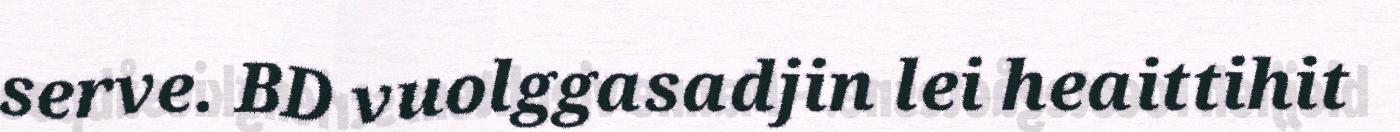
serve. BD vuolggasadjin lei heaittihit